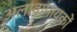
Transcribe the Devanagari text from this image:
अलावागायकों